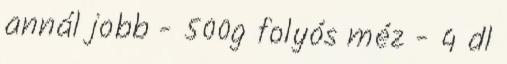
annál jobb - 500g folyós méz - 4 dl